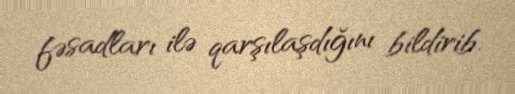
fəsadları ilə qarşılaşdığını bildirib.